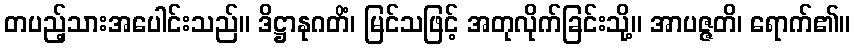
တပည့်သားအပေါင်းသည်။ ဒိဋ္ဌာနုဂတိံ၊ မြင်သဖြင့် အတုလိုက်ခြင်းသို့။ အာပဇ္ဇတိ၊ ရောက်၏။